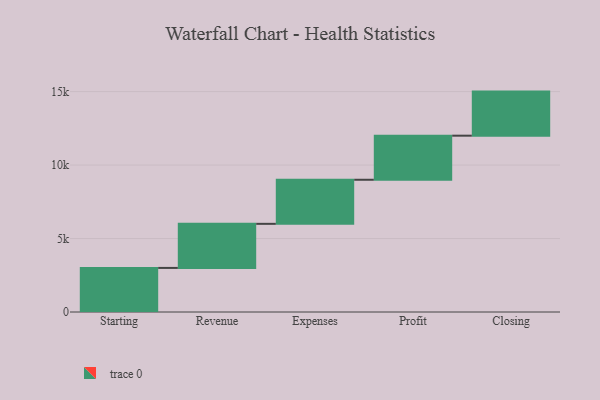
{"axis": {"x": "Step", "y": "Value"}, "legend": [""], "data": [{"x": "Starting", "y": 3000, "type": ""}, {"x": "Revenue", "y": 3000, "type": ""}, {"x": "Expenses", "y": 3000, "type": ""}, {"x": "Profit", "y": 3000, "type": ""}, {"x": "Closing", "y": 3000, "type": ""}]}